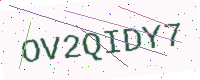
Text: OV2QIDY7